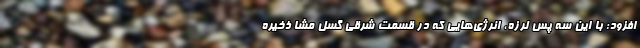
افزود: با این سه پس لرزه، انرژی‌هایی که در قسمت شرقی گسل مشا ذخیره